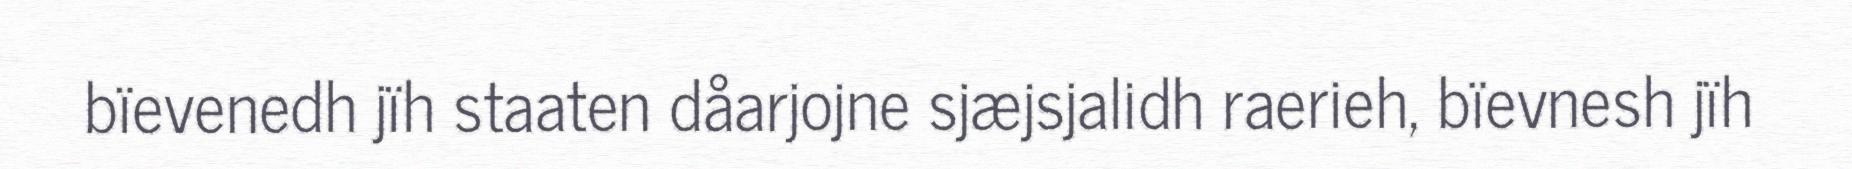
bïevenedh jïh staaten dåarjojne sjæjsjalidh raerieh, bïevnesh jïh